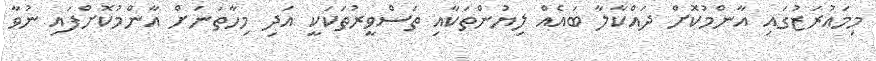
މިމައުރަޒުގައި އާންމުކޮށް ދައްކާލާ ބައެއް ލިޔުންތަކާއި ތަސްވީރުތަކަކީ އަދި މިހާތަނަށް އާންމުކޮށްފައި ނުވާ